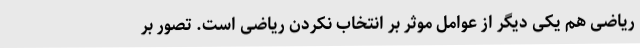
ریاضی هم یکی دیگر از عوامل موثر بر انتخاب نکردن ریاضی است. تصور بر